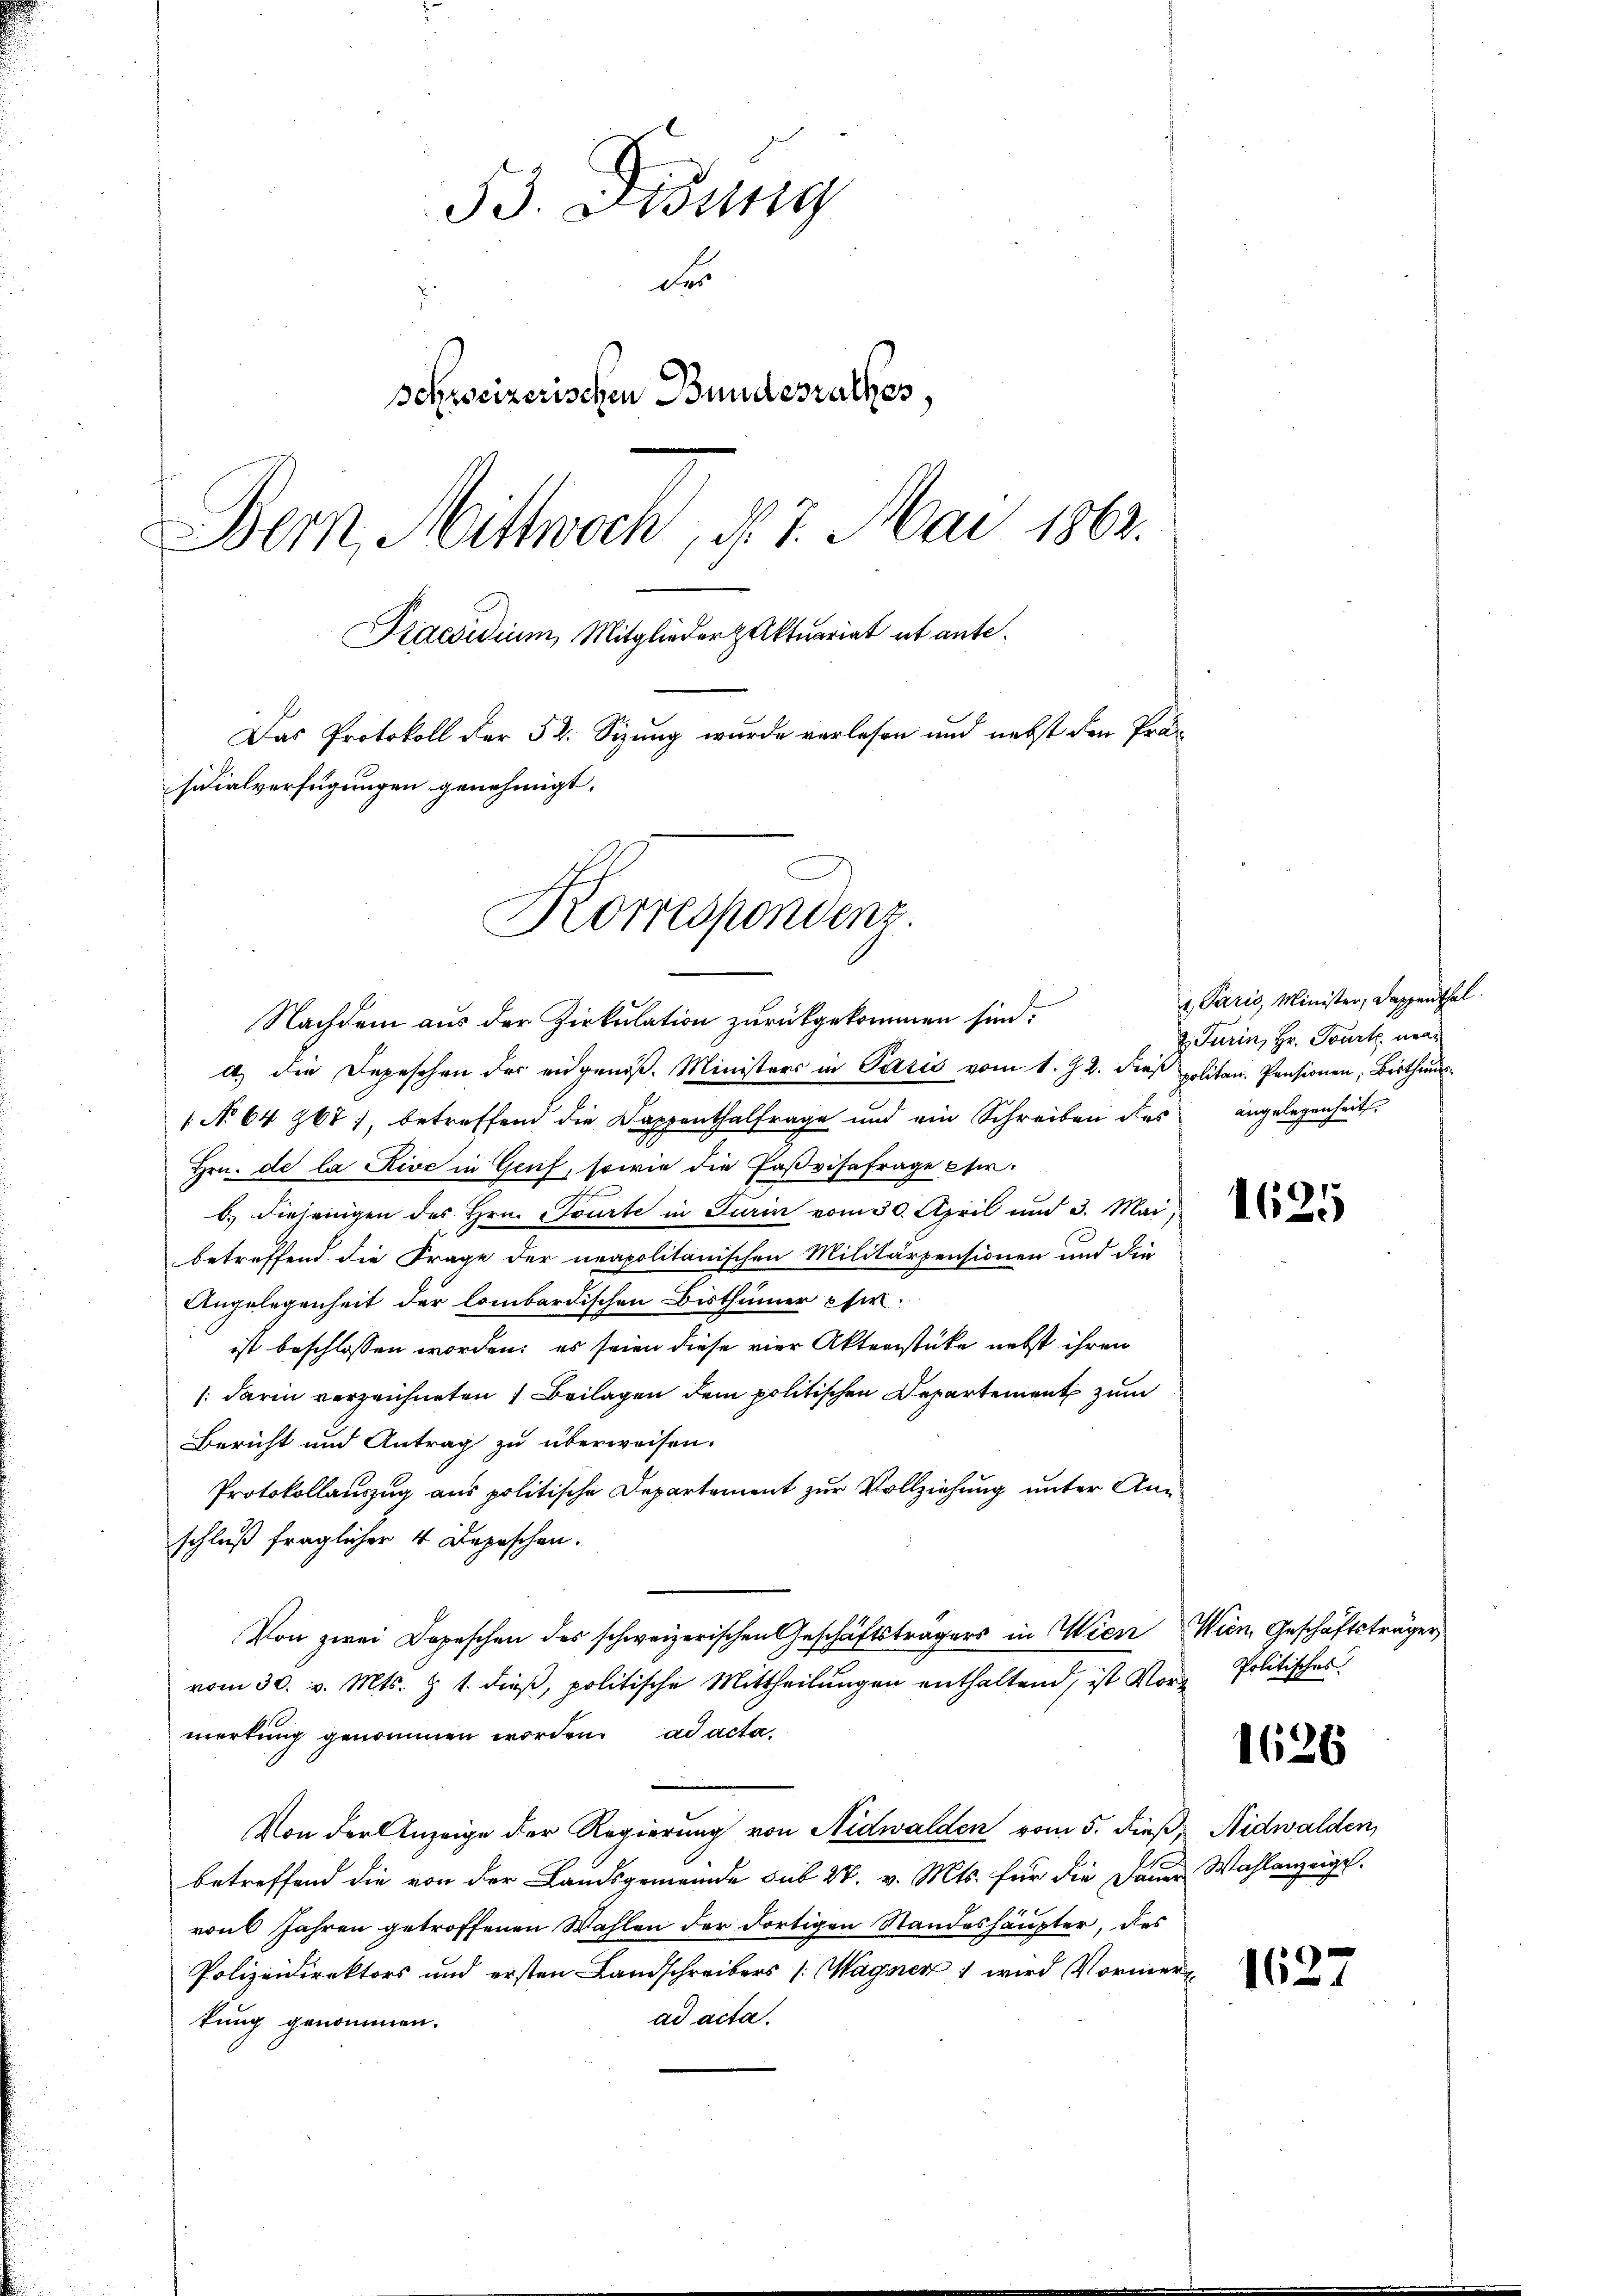
53. Lesung
des
schweizerischen Bundesrathes,
Bern, Mittwoch, d. 7. Mai 1862.
Praesidium, Mitgliederzuktuariat et ante¬
Das Protokoll der 54. Sizung wurde verlesen und nebst den Präsidialverfügungen genehmigt.
Korrespondenz

a) die Depeschen der eidgenöß. Ministers in Paris vom 1. 92. dies politan. Pensionen; Bisthaus¬
 No 64 267), betreffend die Dappenthalfrage und ein Schreiben des angelegenheit.
Hrn. de la Rive in Genf, sowie die Faßvisafrage eib.) diejenigen des Hrn. Tourte in Turin vom 30. April und 3. Mai,
betreffend die Frage der neapolitanischen Militärpensionen und die
Angelegenheit der lombardischen Bisthümer cir.
ist beschlossen worden; es seien diese vier Aktenstücke nebst ihren
(darin verzeichneten 1 Beilagen dem politischen Departement zum
Bericht und Antrag zu überweisen.
Protokollauszug aus politische Departement zur Vollziehung unter Anschluß fraglicher 4 Depeschen.
Von zwei Depeschen des schweizerischen Geschäftsträgers in Wien Wien, Geschäftsträger
vom 30. v. Mts. § 1 dieß, politische Mittheilungen enthaltend, ist Vormerkung genommen worden. ad acta
Von der Anzeige der Regierung von Nidwalden vom 5. dieß, Nidwalden,
betreffend die von der Landsgemeinde sub 28. v. Mts. für die Dauer Wahlanzeige.
von Jahren getroffenen Wahlen der dortigen Standeshäupter, des
Polizeidirektors und ersten Landschreibers (Wagner 1 wird Vormer
ad acta.
tung genommen.

Nachdem aus der Zirkulation zurückgekommen sind.

1. Paris, Minister, Dappenthal
& Turin, Hr. Tourt na

1625

Politisches!

1626